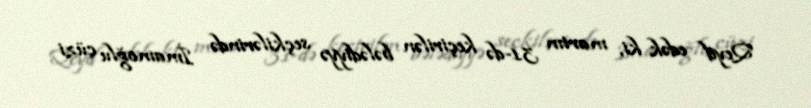
Qeyd edək ki, martın 31-də keçirilən bələdiyyə seçkilərində İmamoğlu cüzi